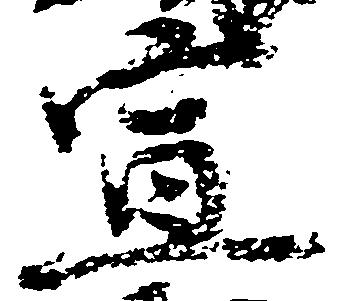
宣